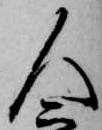
人